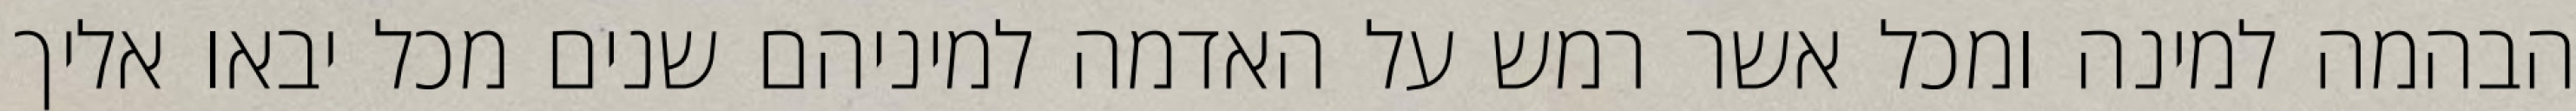
הבהמה למינה ומכל אשר רמש על האדמה למיניהם שנים מכל יבאו אליך